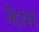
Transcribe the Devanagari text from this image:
जेट्स।